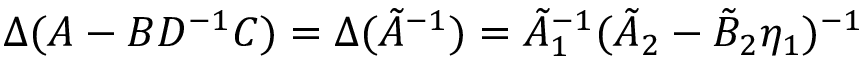
\Delta ( A - B D ^ { - 1 } C ) = \Delta ( \tilde { A } ^ { - 1 } ) = \tilde { A } _ { 1 } ^ { - 1 } ( \tilde { A } _ { 2 } - \tilde { B } _ { 2 } \eta _ { 1 } ) ^ { - 1 }